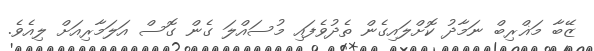
ޒޭބާ މަޣްރިބް ނަމާދު ކޮށްލައިގެން ތެދުވެފައި މުސައްލަ ގެން ގޮސް އަލަމާރިއަށް ލިއެވެ.